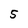
Character: 5